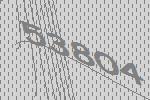
53804